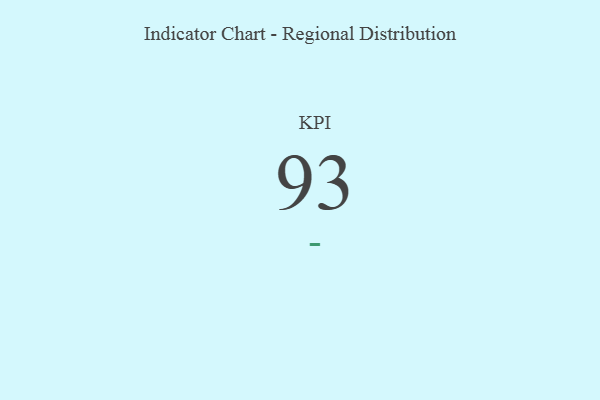
{"axis": {"x": "KPI", "y": "Value"}, "legend": [""], "data": [{"x": "KPI", "y": 93, "type": ""}]}